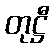
တုဋ္ဌီ